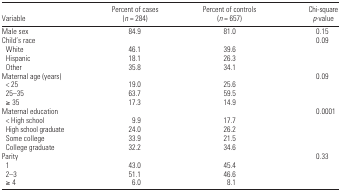
<table><thead><tr><td><b>Variable</b></td><td><b>Percent of cases (<i>n</i> = 284)</b></td><td><b>Percent of controls (<i>n</i> = 657)</b></td><td><b>Chi-square <i>p</i>-value</b></td></tr></thead><tbody><tr><td>Male sex</td><td>84.9</td><td>81.0</td><td>0.15</td></tr><tr><td>Child’s race</td><td></td><td></td><td>0.09</td></tr><tr><td> White</td><td>46.1</td><td>39.6</td><td></td></tr><tr><td> Hispanic</td><td>18.1</td><td>26.3</td><td></td></tr><tr><td> Other</td><td>35.8</td><td>34.1</td><td></td></tr><tr><td>Maternal age (years)</td><td></td><td></td><td>0.09</td></tr><tr><td> &lt; 25</td><td>19.0</td><td>25.6</td><td></td></tr><tr><td> 25–35</td><td>63.7</td><td>59.5</td><td></td></tr><tr><td> ≥ 35</td><td>17.3</td><td>14.9</td><td></td></tr><tr><td>Maternal education</td><td></td><td></td><td>0.0001</td></tr><tr><td> &lt; High school</td><td>9.9</td><td>17.7</td><td></td></tr><tr><td> High school graduate</td><td>24.0</td><td>26.2</td><td></td></tr><tr><td> Some college</td><td>33.9</td><td>21.5</td><td></td></tr><tr><td> College graduate</td><td>32.2</td><td>34.6</td><td></td></tr><tr><td>Parity</td><td></td><td></td><td>0.33</td></tr><tr><td> 1</td><td>43.0</td><td>45.4</td><td></td></tr><tr><td> 2–3</td><td>51.1</td><td>46.6</td><td></td></tr><tr><td> ≥ 4</td><td>6.0</td><td>8.1</td><td></td></tr></tbody></table>